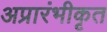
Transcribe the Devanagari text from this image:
अप्रारंभीकृत